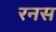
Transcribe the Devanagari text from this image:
रनस